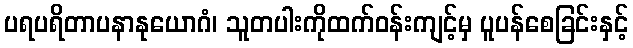
ပရပရိတာပနာနုယောဂံ၊ သူတပါးကိုထက်ဝန်းကျင့်မှ ပူပန်စေခြင်းနှင့်